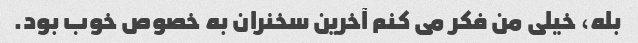
بله، خیلی من فکر می کنم آخرین سخنران به خصوص خوب بود.